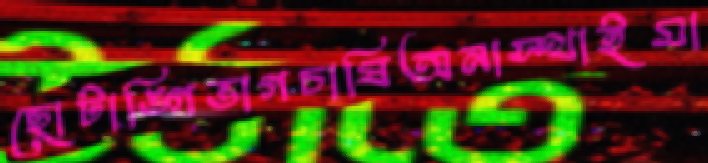
ছোটাঙ্গিভাগচাষিঅনাস্থাইমা